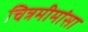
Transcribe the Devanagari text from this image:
चित्रमीमांसा